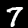
Digit: 7